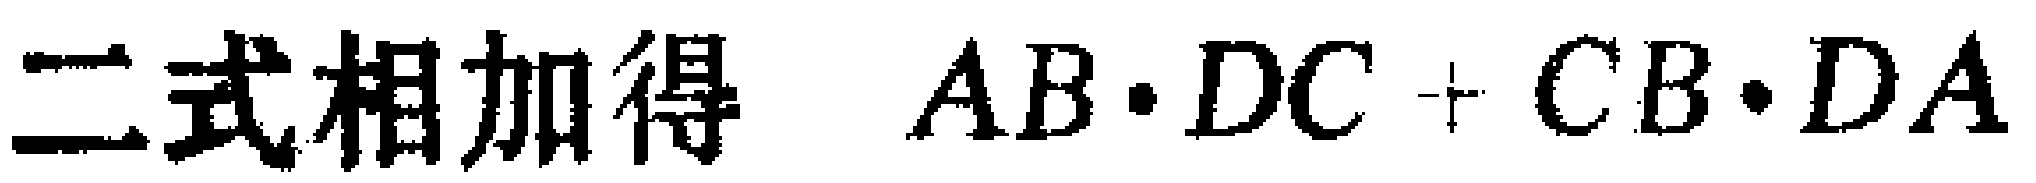
二式相加得 \(AB\cdot DC + CB\cdot DA\)